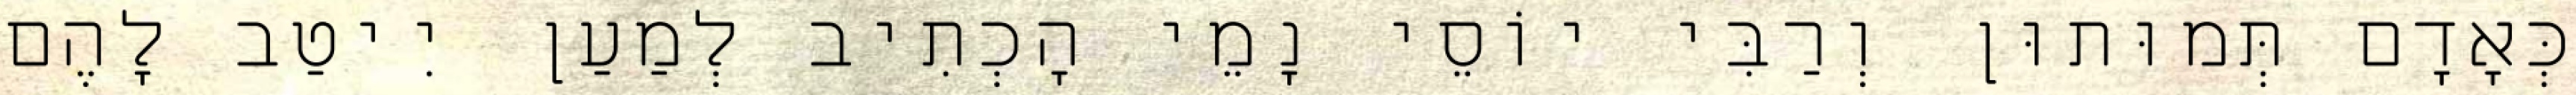
כְּאָדָם תְּמוּתוּן וְרַבִּי יוֹסֵי נָמֵי הָכְתִיב לְמַעַן יִיטַב לָהֶם